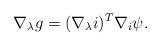
LaTeX: \begin{align*}\nabla_\lambda g=(\nabla_\lambda i)^T\nabla_i \psi.\end{align*}